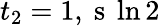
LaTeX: t_{2}=1,\mathrm{~s~}\ln{2}